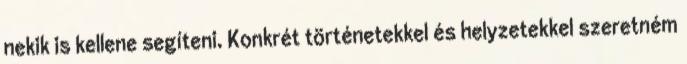
nekik is kellene segíteni. Konkrét történetekkel és helyzetekkel szeretném